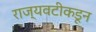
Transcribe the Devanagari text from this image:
राज्यवटीकडून